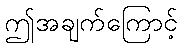
ဤအချက်ကြောင့်